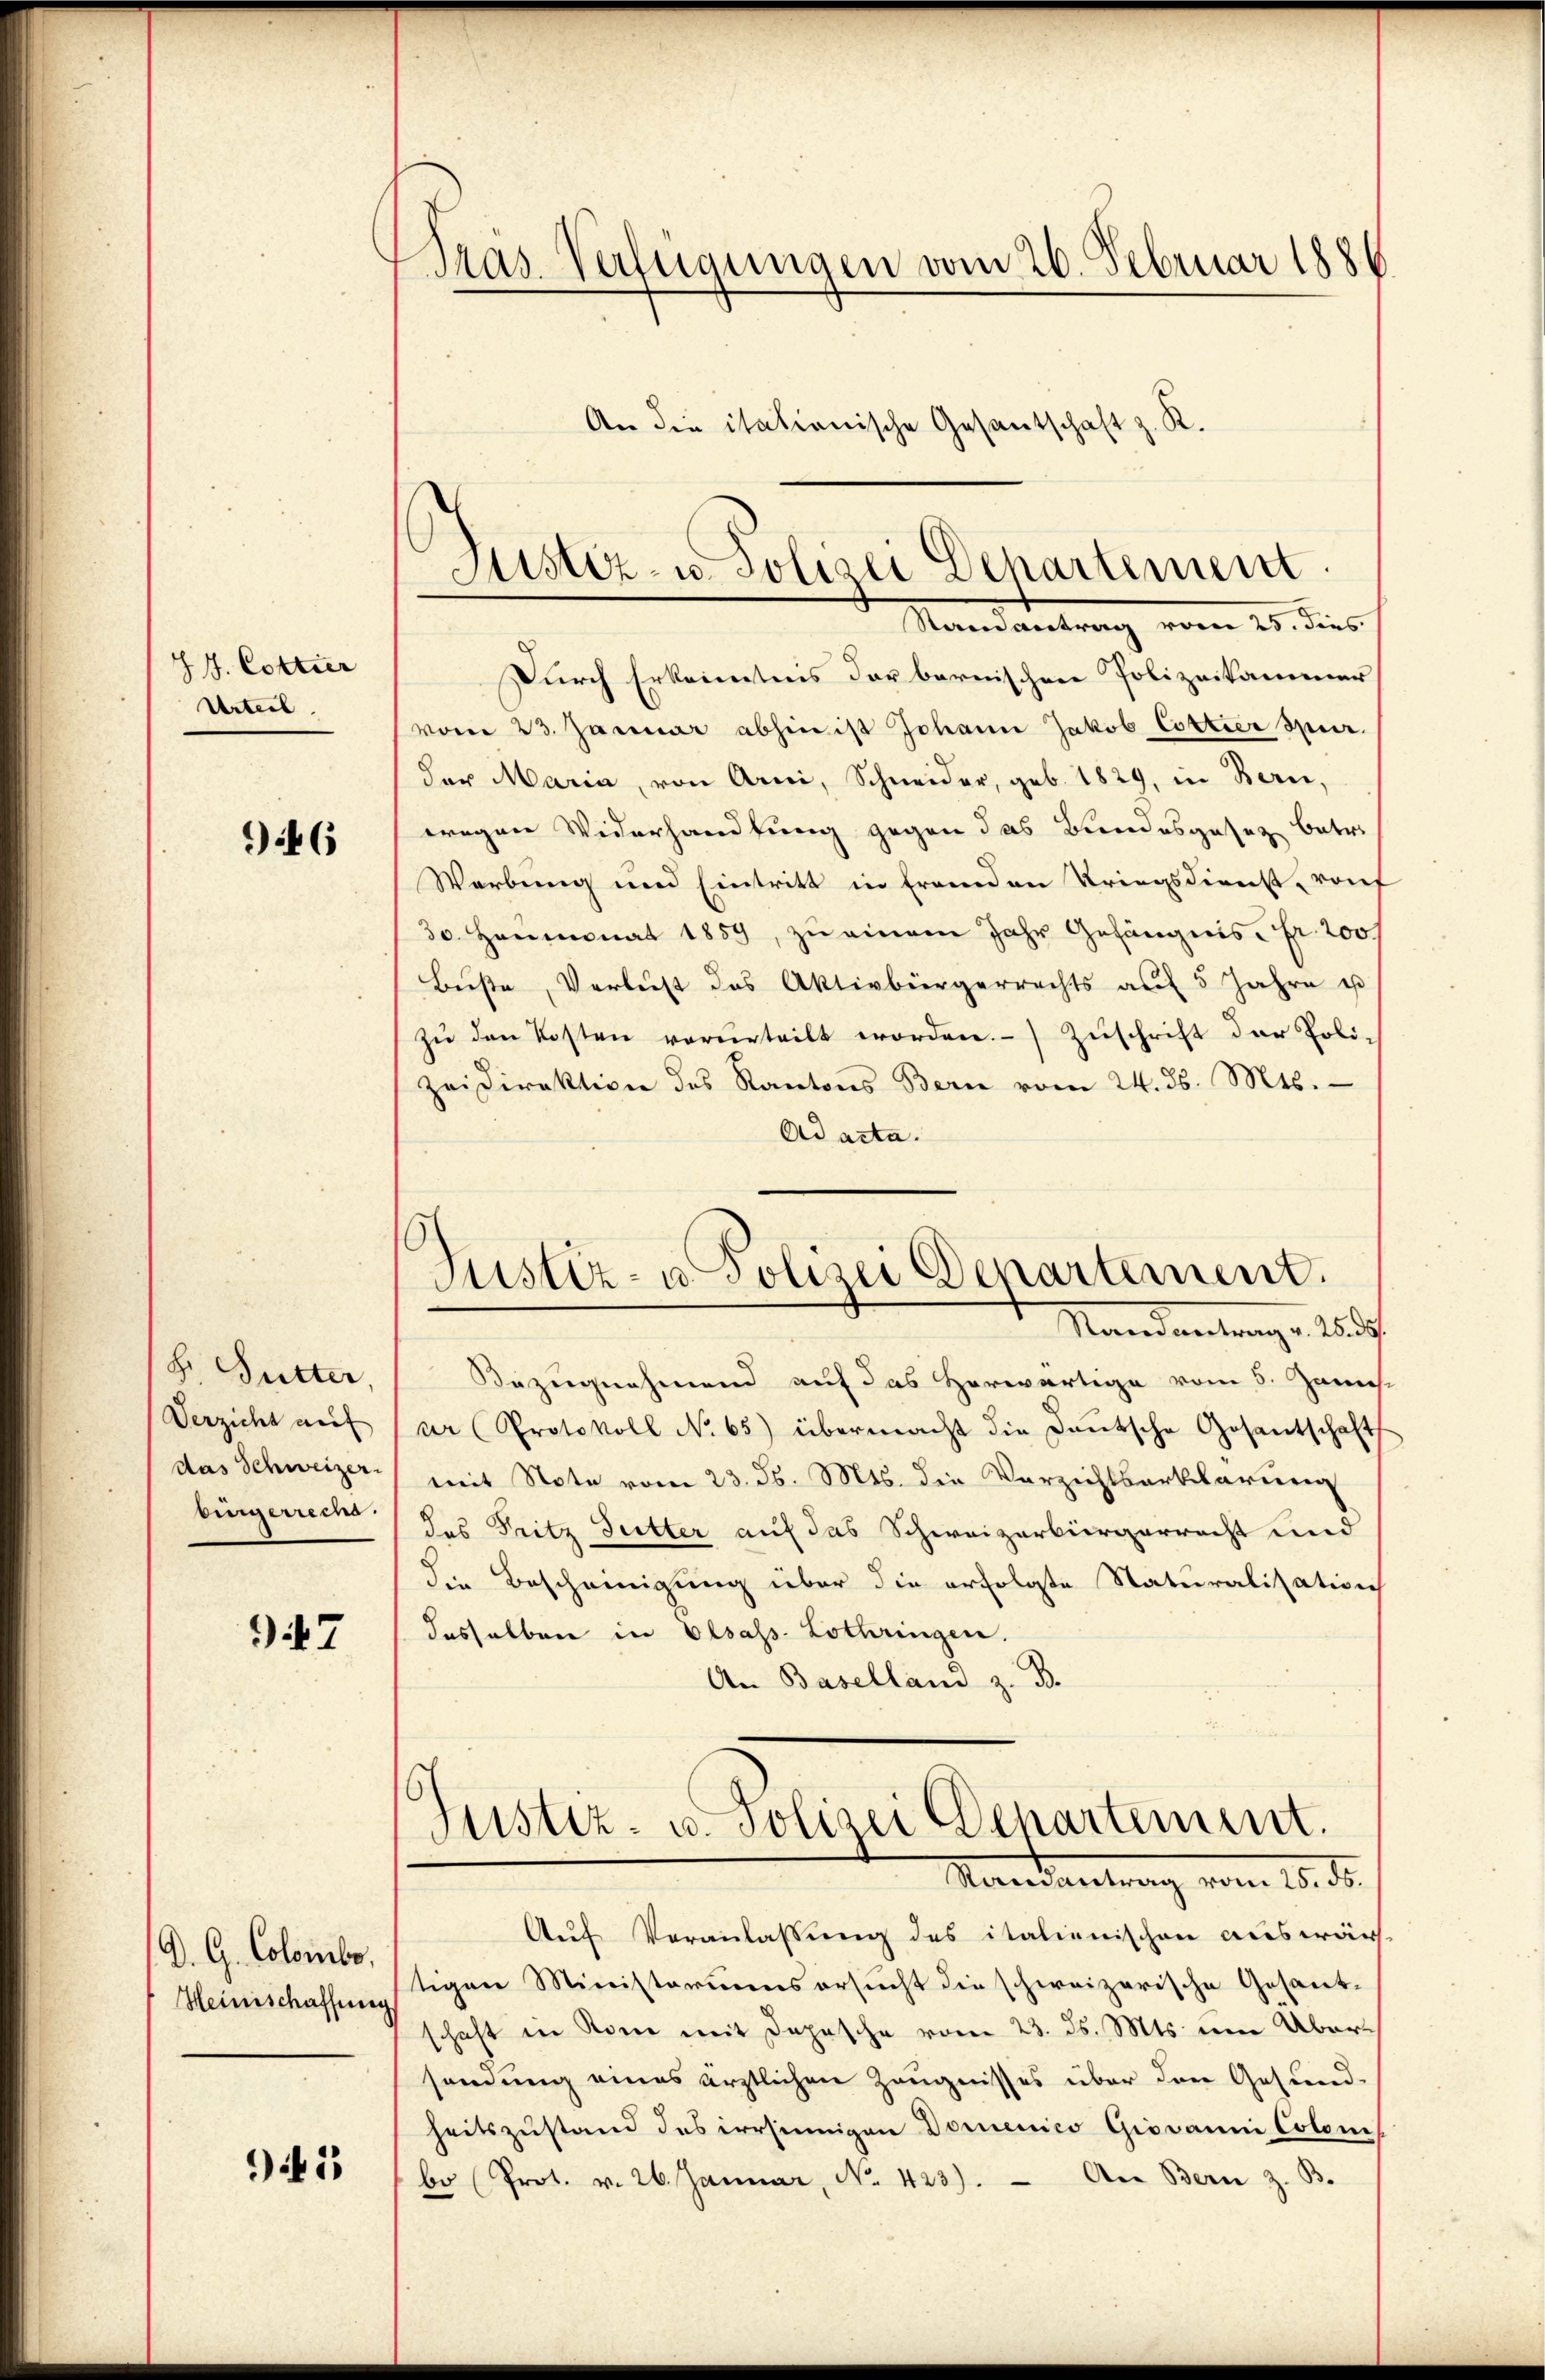
J. J. Cottier
Urteil

946

F. Sutter,
Verzicht auf
das Schweizer.
bürgerreche.

947

D. G. Colombe,
Heinschaffung

945

Pras. Verfügungen vom 26. Februar 1886
An die itationische Gesantschaft z. R.

Durch Erkenntnis der bernischen Polizeikammer
vom 23. Januar abhin ist Johann Jakob Cottier Spur.
der Maria, von Arni, Schneider, geb. 1829, in Bern,
wegen Widerhandlung gegen das Bundesgesetz betr.
Werbung und Eintritt in fremden Kriegsdienst vorf
30. Heumonat 1859, zu einem Jahr Gefängnis, Fr. 200.
Buße, Verlust das Aktivbürgerrechts auf 5 Jahre es
zŭ den Kosten verurteilt worden. Zŭschrift der Poli-
zeidirektion des Kantons Bern vom 24. ds. Mts.
Ad acta.
Randantrag. 1857/
Bezugnahmend auf das Herwärtige vom 5. Junies-
ur (Protokoll No 65) übermacht die Deutsche Gesantschaft
mit Note vom 23. ds. Mts. die Verzichtsartelarung
das Fritz Sutter auf das Schweizerbürgerracht und
die Bescheinigung über die erfolgte Naturalisation
dasselben in Elsass-Lothringen.
An Baselland z. B.
Justiz- u. Polizei Departement.
Randantung vom 18. d.
Auf Veranlaßung des italienischen auswär
tigen Ministeriums ersucht die schweizerische Gesant-
schaft in Rome mit Depesche vom 23. ds. Mts. um Übersendung eines ärztlichen Zeugnisses über den Gesund-
heitszustand das irrsinnigen Domenico Giovanni Colonis
bo (Prot. v. 26. Januar, No. 423). An Bern z. B.

Justiz- u. Polizei Departement
Stain antrag vom 25. dies

Justiz- u. Polizei Departement.